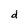
Character: d